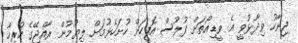
ޖިނާހު ވިދާޅުވީ އެ ވީޑިއޯތަށް ފުލުސް އޮފީހަށް ހުށަހެޅުމަށް ލިޔުމުން ރާއްޖޭގެ ހުރިހާ